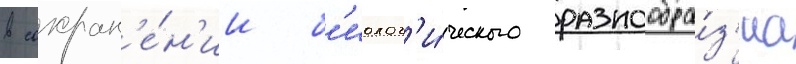
в сохран'е́н'ии б'иолог'и́ческого разнообра́з'иа